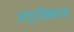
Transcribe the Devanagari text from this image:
अत्यधिकलाभ